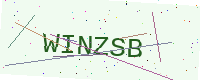
Text: WINZSB